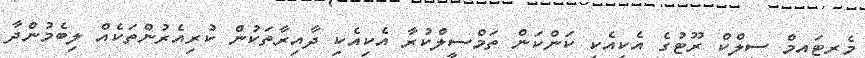
މެރިޓައިމް ސިލްކް ރޫޓުގެ އެކިއެކި ކަންކަން ތަމްސީލްކުރާ އެކިއެކި ދާއިރާތަކުން ކުރިއެރުންތަކެއް ލިބެމުންދާ